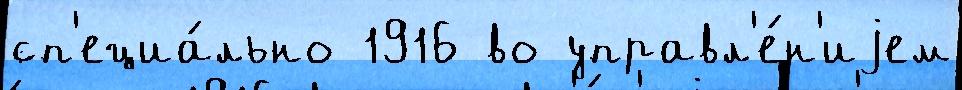
сп'ециа́льно 1916 во управл'е́н'иjем